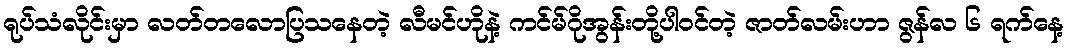
ရုပ်သံလိုင်းမှာ လတ်တလောပြသနေတဲ့ လီမင်ဟိုနဲ့ ကင်မ်ဂိုအွန်းတို့ပါဝင်တဲ့ ဇာတ်လမ်းဟာ ဇွန်လ ၆ ရက်နေ့